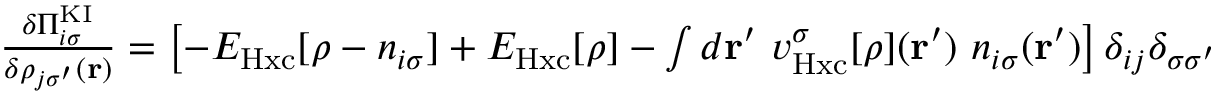
\begin{array} { r } { \frac { \delta \Pi _ { i \sigma } ^ { \mathrm { K I } } } { \delta \rho _ { j \sigma ^ { \prime } } ( \mathbf { r } ) } = \left[ - E _ { \mathrm { H x c } } [ \rho - n _ { i \sigma } ] + E _ { \mathrm { H x c } } [ \rho ] - \int d \mathbf { r ^ { \prime } } \ v _ { \mathrm { H x c } } ^ { \sigma } [ \rho ] ( \mathbf { r } ^ { \prime } ) \ n _ { i \sigma } ( \mathbf { r ^ { \prime } } ) \right] \delta _ { i j } \delta _ { \sigma \sigma ^ { \prime } } } \end{array}